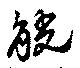
觥